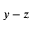
y - z